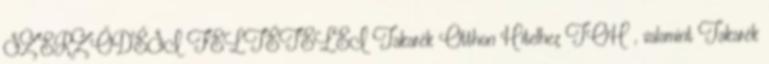
SZERZŐDÉSI FELTÉTELEI Takarék Otthon Hitelhez TOH , valamint Takarék